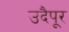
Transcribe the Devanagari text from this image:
उदैपूर